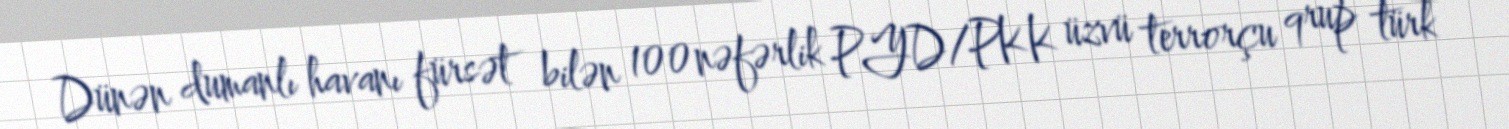
Dünən dumanlı havanı fürsət bilən 100 nəfərlik PYD/PKK üzvü terrorçu qrup türk